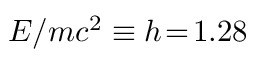
E / m c ^ { 2 } \equiv h \! = \! 1 . 2 8